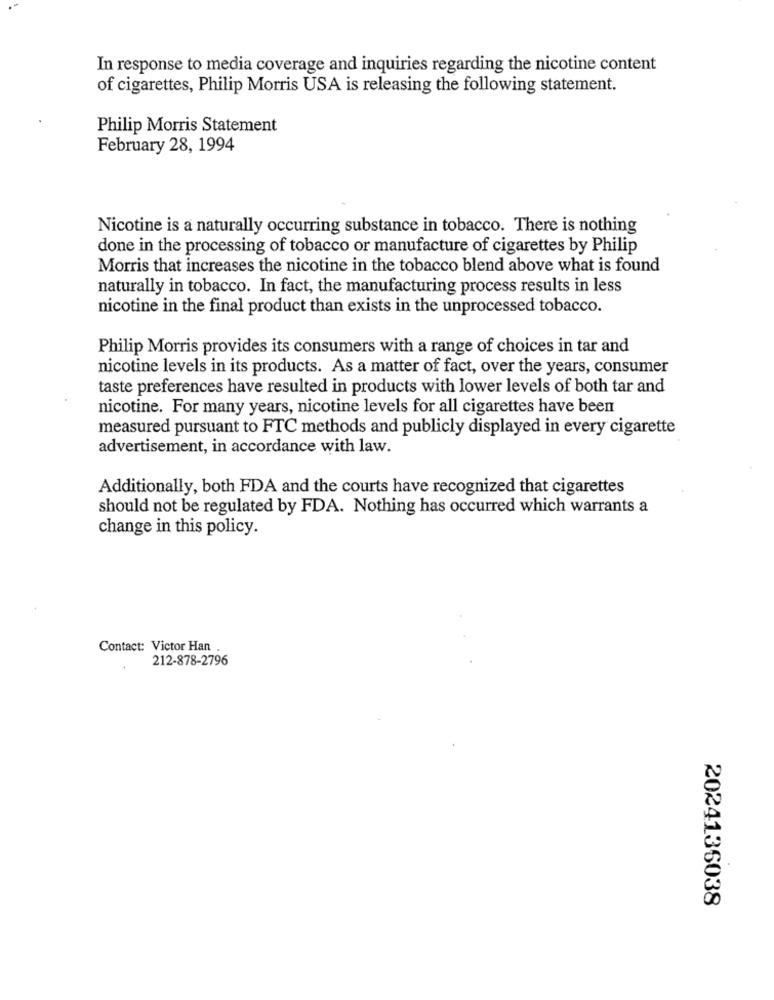
In response to media coverage and inquiries regarding the nicotine content
of cigarettes, Philip Morris USA is releasing the following statement.
Philip Morris Statement
February 28, 1994
Nicotine is a naturally occurring substance in tobacco. There is nothing
done in the processing of tobacco or manufacture of cigarettes by Philip
Morris that increases the nicotine in the tobacco blend above what is found
naturally in tobacco. In fact, the manufacturing process results in less
nicotine in the final product than exists in the unprocessed tobacco.
Philip Morris provides its consumers with a range of choices in tar and
nicotine levels in its products. As a matter of fact, over the years, consumer
taste preferences have resulted in products with lower levels of both tar and
nicotine. For many years, nicotine levels for all cigarettes have been
measured pursuant to FTC methods and publicly displayed in every cigarette
advertisement, in accordance with law.
Additionally, both FDA and the courts have recognized that cigarettes
should not be regulated by FDA. Nothing has occurred which warrants a
change in this policy.
Contact: Victor Han
212-878-2796
2024136038